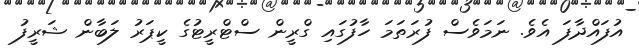
އުފައްދާފަ އެވެ. ނަމަވެސް ފުރަތަމަ ހާފުގައި ގްރީން ސްޓްރީޓުގެ ކީޕަރު ލަބާން ޝަރީފު